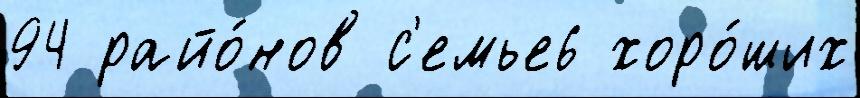
94 райо́нов с'емье6 хоро́ших